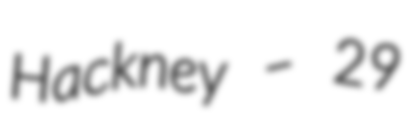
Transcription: Hackney – 29